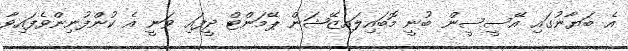
އެ ބަޔާނުގައި އޭސީސީން ބުނީ މޮބައިލައިޒޭޝަން ޕޭމަންޓް ދީފައި ވަނީ އެ ކުންފުނިންވެފައިވާ